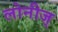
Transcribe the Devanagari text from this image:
लोनीज्